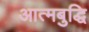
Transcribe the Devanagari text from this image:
आत्मबुद्धि